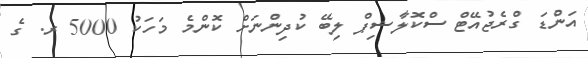
އަންޑަ ގްރެޖުއޭޓް ސްކޮލާޝިޕް ލިބޭ ކުދިންނަށް ކޮންމެ މަހަކު 5000 ރ. ގެ